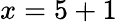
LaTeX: x=5+1